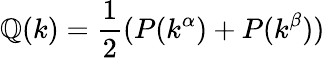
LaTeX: \mathbb{Q}(k)=\frac{{1}}{{2}}(P(k^{\alpha})+P(k^{\beta}))